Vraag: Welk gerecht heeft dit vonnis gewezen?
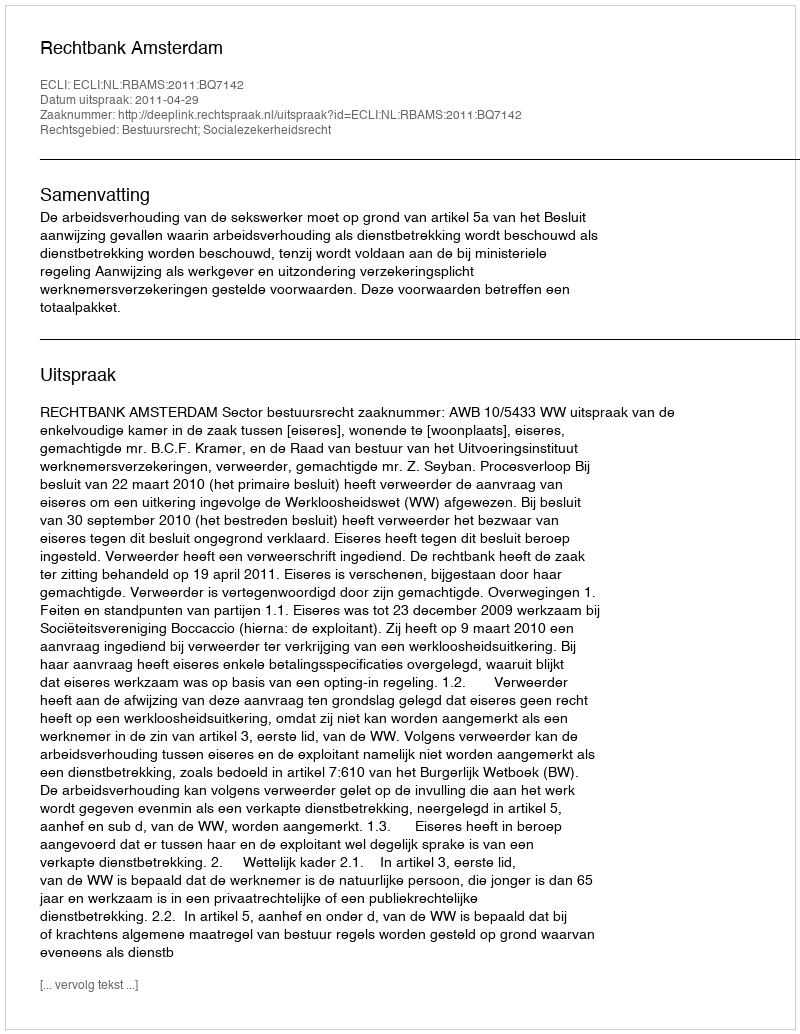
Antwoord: Rechtbank Amsterdam